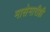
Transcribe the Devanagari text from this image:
मासेमारीही